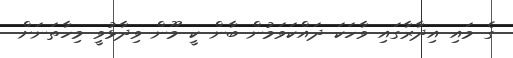
ގެ މައި އިދާރާގައި ވާހަކަ ދައްކަވަމުން ބާން ކީ މޫން ވިދާޅުވީ މިހާތަނަށް